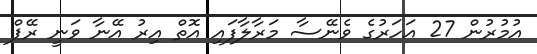
އުމުރުން 27 އަހަރުގެ ވެނޭސާ މަރާލާފައި އޮތް އިރު އޭނާ ވަނީ ރޭޕް